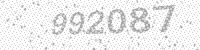
Solution: 992087